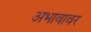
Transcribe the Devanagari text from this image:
अभावावर